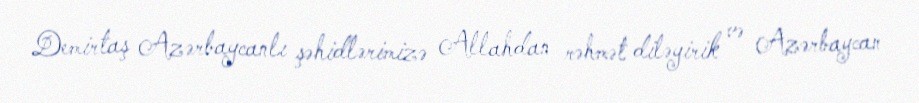
Demirtaş Azərbaycanlı şəhidlərimizə Allahdan rəhmət diləyirik və Azərbaycan